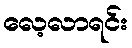
လေ့လာရင်း